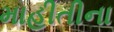
માહીતીના